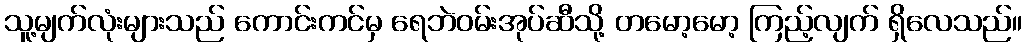
သူ့မျက်လုံးများသည် ကောင်းကင်မှ ရေဘဲဝမ်းအုပ်ဆီသို့ တမော့မော့ ကြည့်လျက် ရှိလေသည်။